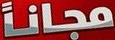
مجانا